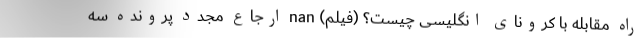
راه مقابله با کرونای انگلیسی چیست؟ (فیلم) nan ارجاع مجدد پرونده سه